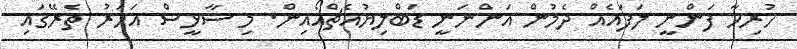
ހުރިހާ ފަންނީ ލަފައެއް ދެމުން އަންނަނީ ޑަބްލިޔުއެޗްއޯއިން. މި ސާޅީސް އަހަރު ތެރޭގައި